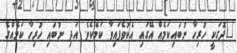
"ދޮގަކީ ހުރިހާ ނުބައިކަމެއް އޭގައި އެކުވެފައިވާ ކަމެކެވެ. އަދި ނުބައި ހުރިހާ ކަމެއްގެ